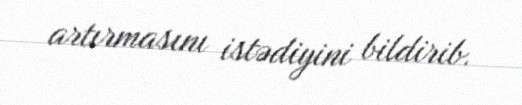
artırmasını istədiyini bildirib.